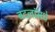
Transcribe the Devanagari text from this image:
बदलांमधे